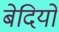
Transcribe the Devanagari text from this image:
बेदियों